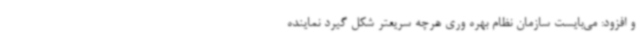
و افزود: می‌بایست سازمان نظام بهره وری هرچه سریعتر شکل گیرد نماینده